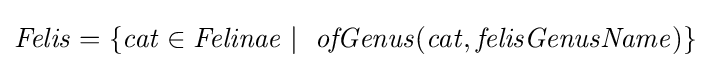
{\mathit {Felis=\{cat\in Felinae\mid \ ofGenus(cat,felisGenusName)\}}}